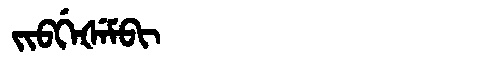
Manchu: ᠵᡳᠪᡤᡝᡧᡝᠮᠪᡳ
Romanization: JIBGEŠEMBI